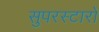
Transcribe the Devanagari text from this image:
सुपरस्टारों